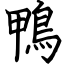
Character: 鴨